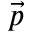
\vec { p }